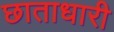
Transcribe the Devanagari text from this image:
छाताधारी